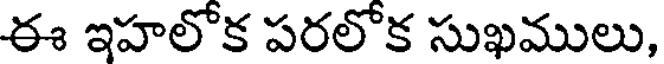
ఈ ఇహలోక పరలోక సుఖములు,